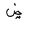
Letter: _dad